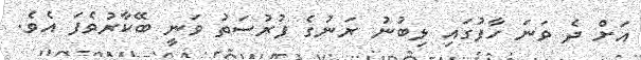
އަށް ދެ ވަނަ ހާފުގައި ލިބުނު ރަނުގެ ފުރުސަތު ވަނީ ބޭކާރުވެފަ އެވެ.